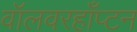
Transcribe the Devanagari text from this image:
वॉलवरहाँप्टन